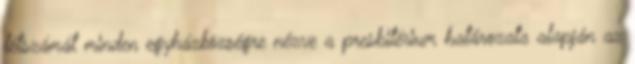
létszámát minden egyházközségre nézve a presbitérium határozata alapján az